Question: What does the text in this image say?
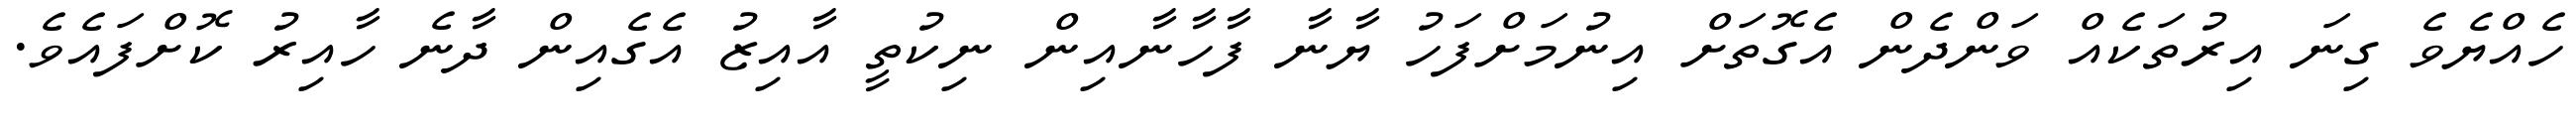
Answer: ހެއްޔެވެ ގިނަ އިރުތަކެއް ވަންދެން އެގޮތަށް އިނުމަށްފަހު ޔާނާ ފާހާނާއިން ނިކުތީ އާއިޒު އެގެއިން ދާނެ ހާއިރު ކޮށްފައެވެ.